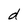
Character: d